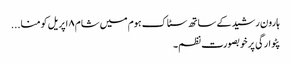
ہارون رشید کے ساتھ سٹاک ہوم میں شام ۸ اپریل کو منا...
پٹوارگی پر خوبصورت نظم۔